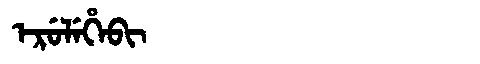
Manchu: ᡝᡵᡠᠯᡝᡥᡝᠪᡳ
Romanization: ERULEHEBI